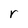
Character: r